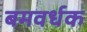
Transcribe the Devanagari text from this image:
बमवर्धक